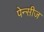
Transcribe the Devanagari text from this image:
पेन्सीज